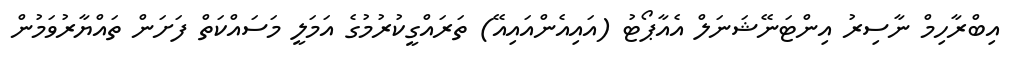
އިބްރާހިމް ނާސިރު އިންޓަނޭޝަނަލް އެއާޕޯޓު (އައިއެންއައިއޭ) ތަރައްގީކުރުމުގެ އަމަލީ މަސައްކަތް ފަށަން ތައްޔާރުވަމުން